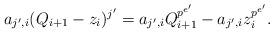
LaTeX: \begin{align*}a_{j',i}(Q_{i+1}-z_i)^{j'}=a_{j',i}Q_{i+1}^{p^{e'}}-a_{j',i}z_i^{p^{e'}}.\end{align*}